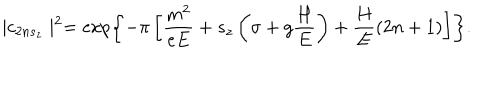
\mid c _ { 2 n s _ { z } } \mid ^ { 2 } = \exp \left\{ - \pi \left[ \frac { m ^ { 2 } } { e E } + s _ { z } \left( \sigma + g \frac H E \right) + \frac H E ( 2 n + 1 ) \right] \right\} .